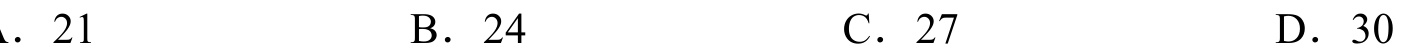
A. 21 \quad B. 24 \quad C. 27 \quad D. 30